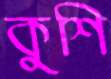
কুশি